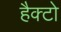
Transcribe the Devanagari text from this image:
हैक्टो